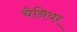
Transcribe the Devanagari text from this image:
चेनियर